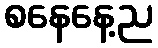
စနေနေ့ည